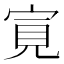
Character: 㝟